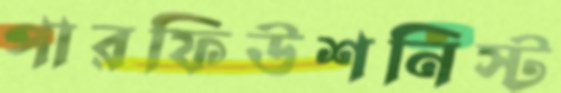
পারফিউশনিস্ট